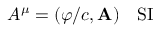
A ^ { \mu } = ( \varphi / c , \mathbf { A } ) \quad { \mathrm { S I } }